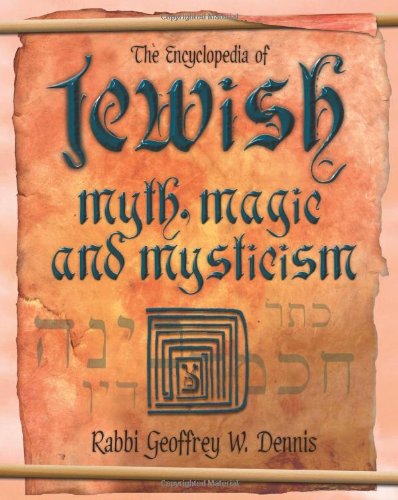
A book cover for The Encyclopedia of Jewish Myth, Magic and Mysticism; Geoffrey W. Dennis; Reference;